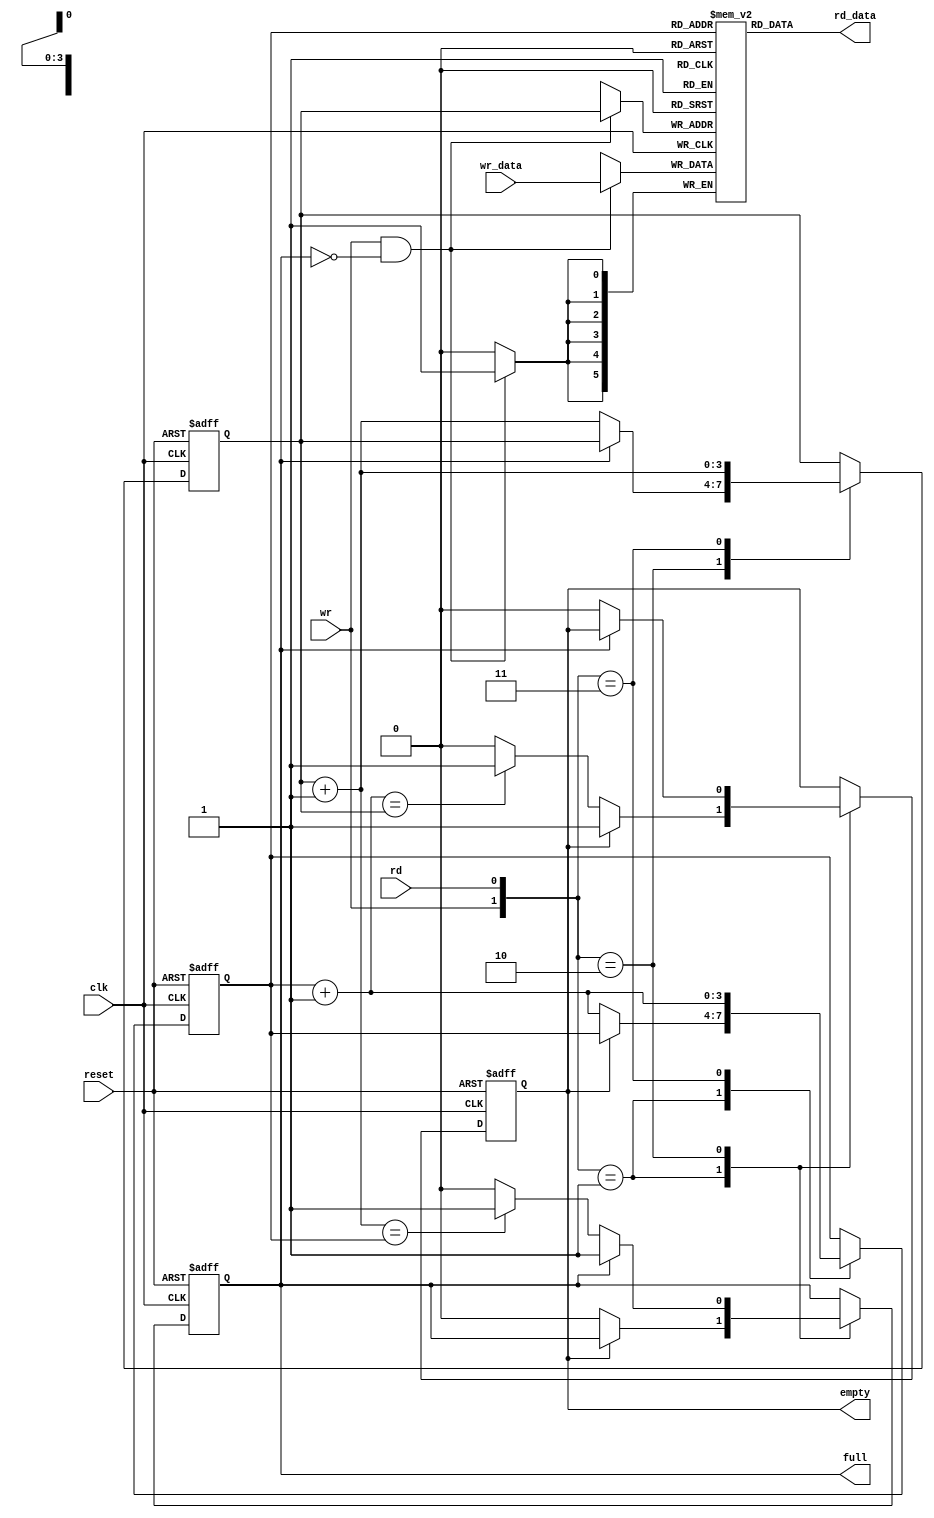
`timescale 1ns / 1ps
//////////////////////////////////////////////////////////////////////////////////
// Company: 
// Engineer: 
// 
// Design Name: 
// Module Name:    fifo 
// Project Name: 
// Target Devices: 
// Tool versions: 
// Description: 
//
// Dependencies: 
//
// Revision: 
// Revision 0.01 - File Created
// Additional Comments: 
//
//////////////////////////////////////////////////////////////////////////////////
module fifo
#(
parameter B=6,W=4
)(
			input wire clk,reset,rd,wr,
			input wire [B-1:0] wr_data,
			output wire full, empty,
			output wire [B-1:0] rd_data
);

reg [B-1:0] array_reg [2**W-1:0];
reg [W-1:0] w_ptr_reg, w_ptr_next;
reg [W-1:0] r_ptr_reg, r_ptr_next;
reg full_reg, empty_reg, full_next, empty_next;
wire wr_en;

//Banco de registros y memoria
always @(posedge clk)
	if(wr_en)
		array_reg[w_ptr_reg] <= wr_data;

assign rd_data = array_reg[r_ptr_reg];
assign wr_en = wr & ~full_reg;

always @(posedge clk, posedge reset)
	if(reset)
		begin
			w_ptr_reg <= 0;
			r_ptr_reg <= 0;
			full_reg <= 1'b0;
			empty_reg <= 1'b1;
		end
	else
		begin
			w_ptr_reg <= w_ptr_next;
			r_ptr_reg <= r_ptr_next;
			full_reg <= full_next;
			empty_reg <= empty_next;
		end

//Logica del proximo estado
always @*
begin
	full_next = full_reg;
	empty_next = empty_reg;
	
	w_ptr_next = w_ptr_reg;
	r_ptr_next = r_ptr_reg;

	case({wr,rd})
//		2'b00:
			//No hay que hacer nada
		2'b01:
			//Hay que sacar el primer elemento de la cola
			if(~empty_reg)
				begin
					r_ptr_next = r_ptr_reg+1;
					full_next = 1'b0;
					if(r_ptr_next == w_ptr_reg)
						empty_next = 1'b1;
				end
		2'b10:
			//Hay que escribir un nuevo elemento en la cola
			if(~full_reg)
				begin
					w_ptr_next = w_ptr_reg+1;
					empty_next = 1'b0;
					if(w_ptr_next == r_ptr_reg)
						full_next = 1'b1;
				end
		2'b11:
			begin
				w_ptr_next = w_ptr_reg+1;
				r_ptr_next = r_ptr_reg+1;
			end
		//default:
			//No hay que hacer nada
	endcase
end
//Logica de salida
assign full = full_reg;
assign empty = empty_reg;

endmodule